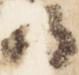
将